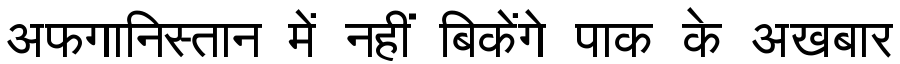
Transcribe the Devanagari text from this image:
अफगानिस्तान में नहीं बिकेंगे पाक के अखबार